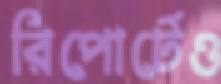
রিপোর্টেও